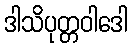
ဒါသိပုတ္တဝါဒေါ